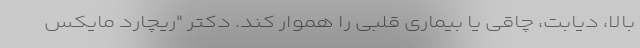
بالا، دیابت، چاقی یا بیماری قلبی را هموار کند. دکتر "ریچارد مایکس